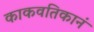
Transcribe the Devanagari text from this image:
काकवतिकानं